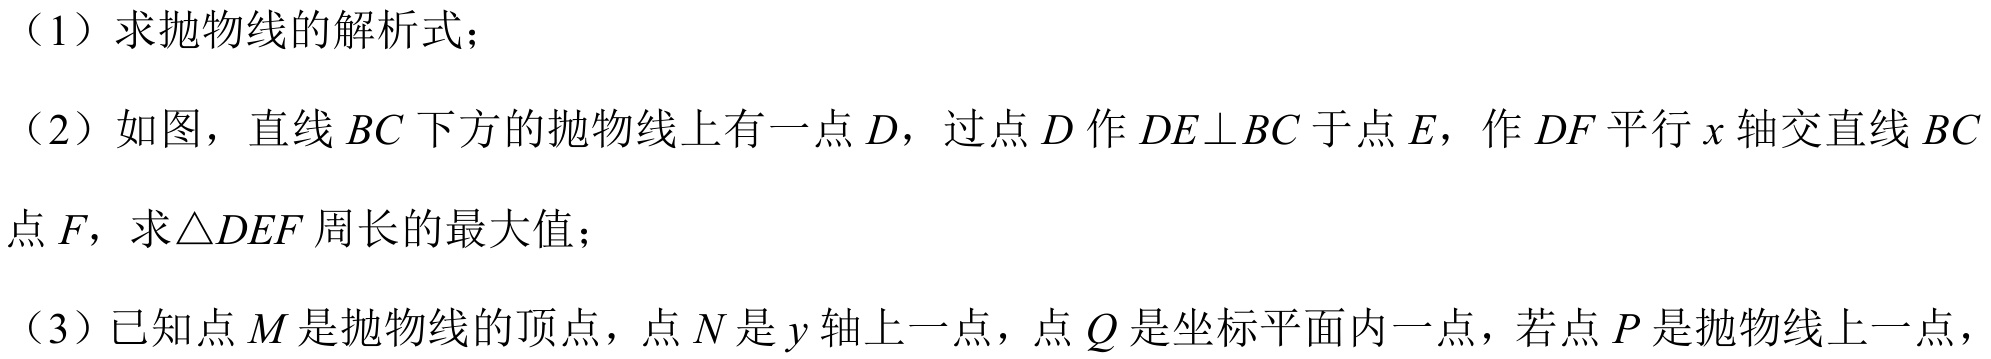
（1）求抛物线的解析式；
（2）如图，直线 \(BC\) 下方的抛物线上有一点 \(D\)，过点 \(D\) 作 \(DE\perp BC\) 于点 \(E\)，作 \(DF\) 平行 \(x\) 轴交直线 \(BC\) 于点 \(F\)，求\(\triangle DEF\) 周长的最大值；
（3）已知点 \(M\) 是抛物线的顶点，点 \(N\) 是 \(y\) 轴上一点，点 \(Q\) 是坐标平面内一点，若点 \(P\) 是抛物线上一点，